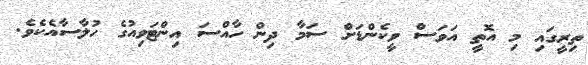
ތިރީގައި މި އޮތީ އަވަސް ވީކެންޑަށް ސަމާ ދިން ހާއްސަ އިންޓަވިއުގެ ހުލާސާއެކެވެ.